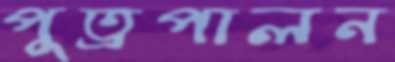
পুত্রপালন